65_HS1-834228961_62-HQ-83894_Section_2
Agency: FBI
Page 26
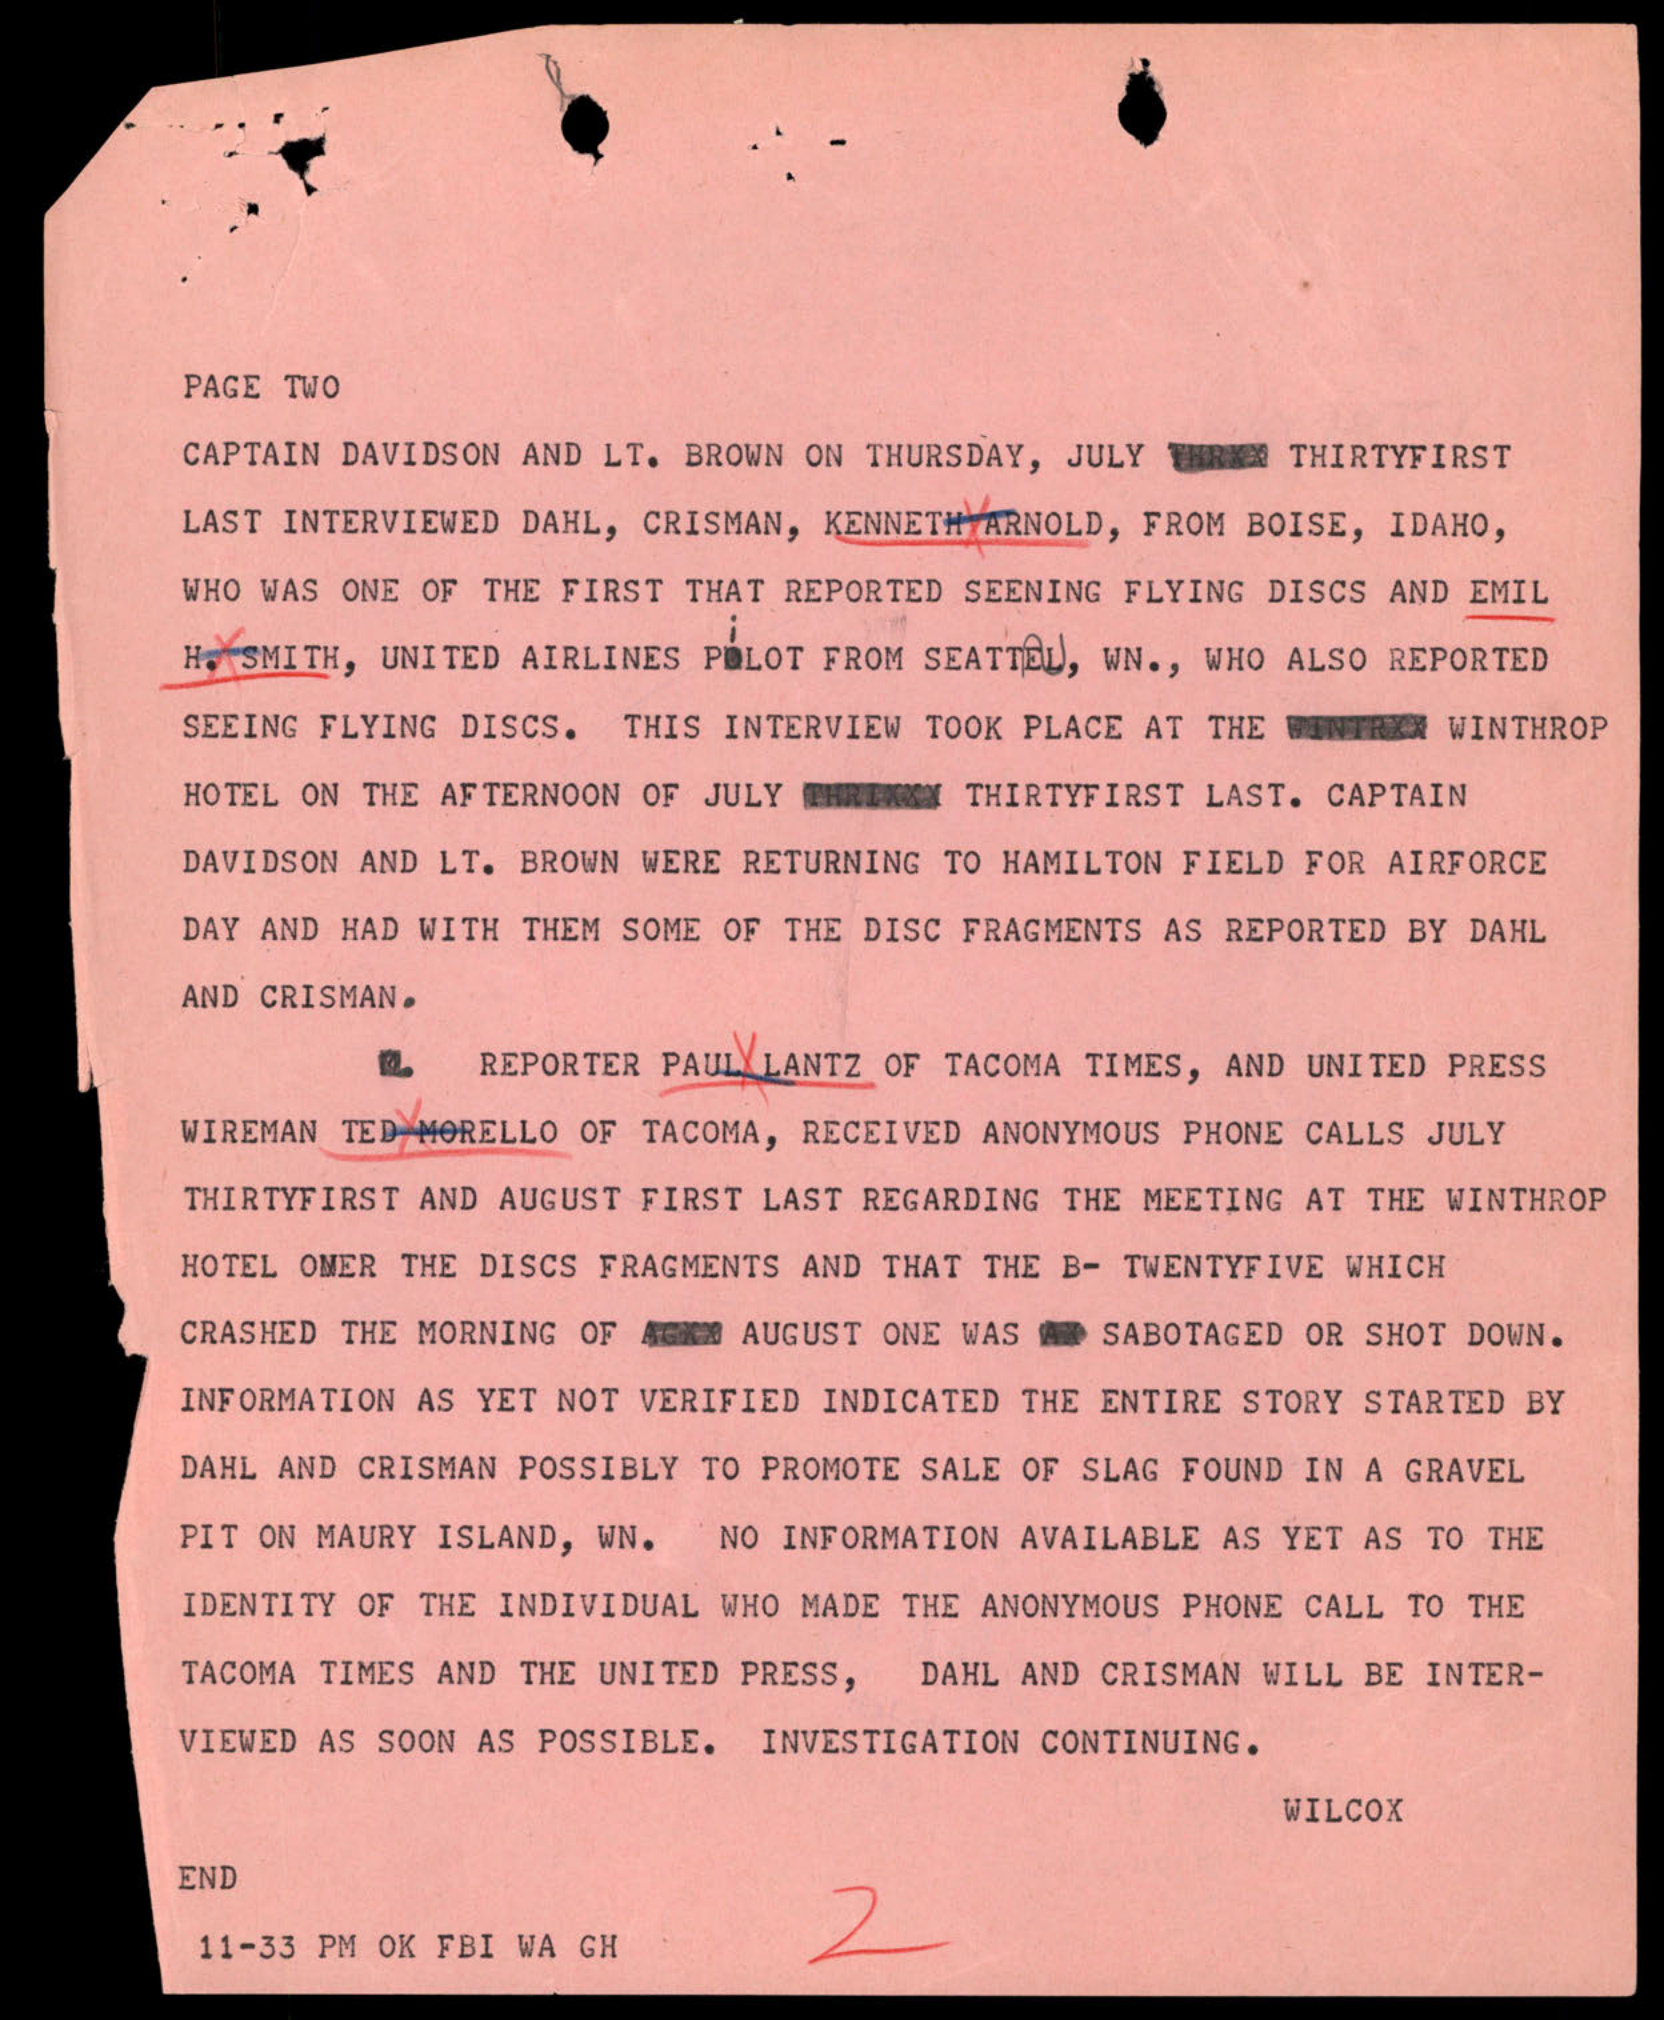